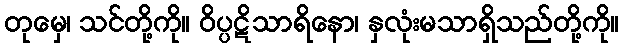
တုမှေ၊ သင်တို့ကို။ ဝိပ္ပဋိသာရိနော၊ နှလုံးမသာရှိသည်တို့ကို။